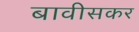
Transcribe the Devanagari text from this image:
बावीसकर